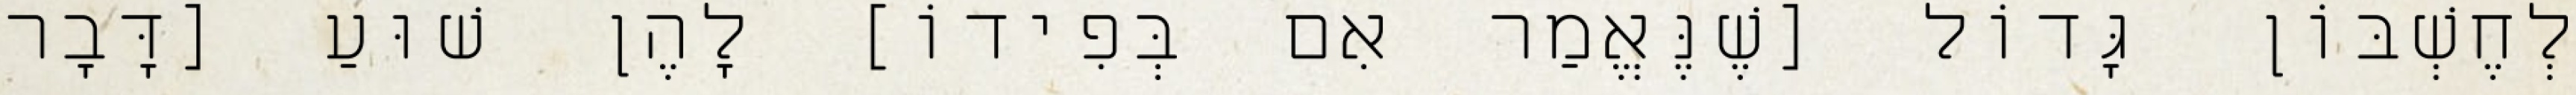
לְחֶשְׁבּוֹן גָּדוֹל [שֶׁנֶּאֱמַר אִם בְּפִידוֹ] לָהֶן שׁוּעַ [דָּבָר